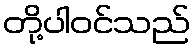
တို့ပါဝင်သည်